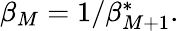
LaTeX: \begin{array}{r}{\beta_{M}=1/\beta_{M+1}^{\ast}.}\end{array}